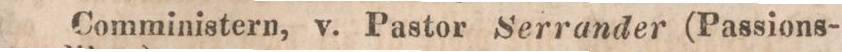
Comministern, v. Pastor Serrander (Passions-